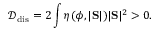
\mathcal D _ { \mathrm { d i s } } = 2 \int \eta ( \phi , | \mathrm { \bf S } | ) | \mathrm { \bf S } | ^ { 2 } > 0 .